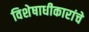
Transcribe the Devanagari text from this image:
विशेषाधीकारांचे